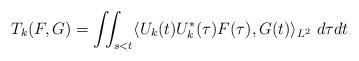
LaTeX: \begin{align*}T_{k}(F,G)=\iint_{s<t}\langle U_{k}(t)U_{k}^*(\tau)F(\tau), G(t)\rangle_{L^2}~ d\tau dt\end{align*}